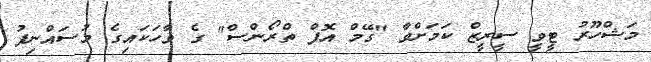
މަޝްހޫރު ޓީވީ ސީރީޒް ކަމަށްވާ "ގޭމް އޮފް ތްރޯންސް" ގެ ވާހަކައިގެ މުސައްނިފު